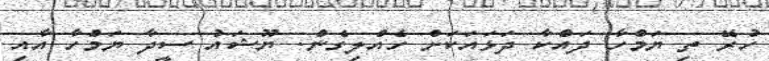
ހުރޭ ތި ޔަމްހާ ދައްކާ ދަޅައަކަށް ހެއްލިގެން. ޔޫޝައު ސީދާ ޔަމްހާ އާއި